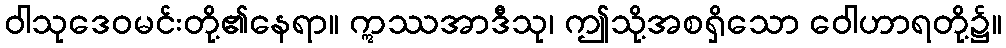
ဝါသုဒေဝမင်းတို့၏နေရာ။ ဣဿအာဒီသု၊ ဤသို့အစရှိသော ဝေါဟာရတို့၌။